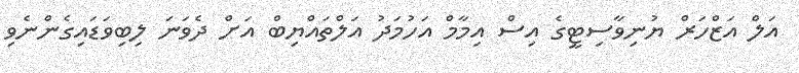
އަލް އަޒްހަރް ޔުނިވާސިޓީގެ އިސް އިމާމް އަހުމަދު އަލްތައްޔިބް އަށް ދެވަނަ ލިބިވަޑައިގެންނެވި